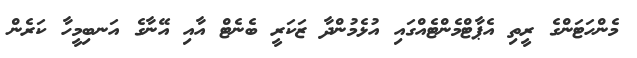
މެންހަޓަންގެ ރީތި އެޕާޓްމެންޓެއްގައި އުޅެމުންދާ ޒަކަރީ ބެނެޓް އާއި އޭނާގެ އަނބިމީހާ ކަރެން